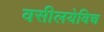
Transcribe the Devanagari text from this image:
वसीलयेविच